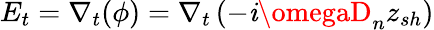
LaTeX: E_{t}=\nabla_{t}(\phi)=\nabla_{t}\left(-\mathit{i}\omegaD_{n}z_{sh}\right)